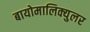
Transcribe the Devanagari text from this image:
बायोमालिक्युलर